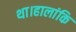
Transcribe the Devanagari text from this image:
था।हालांकि